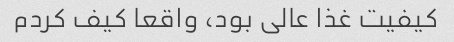
کیفیت غذا عالی بود، واقعا کیف کردم